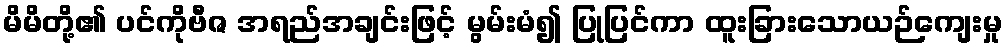
မိမိတို့၏ ပင်ကိုဗီဇ အရည်အချင်းဖြင့် မွမ်းမံ၍ ပြုပြင်ကာ ထူးခြားသောယဉ်ကျေးမှု